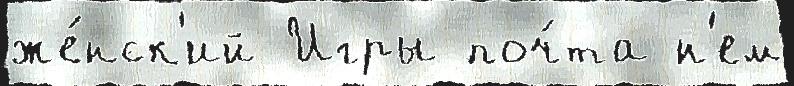
же́нск'ий Игры поч́та н'ем